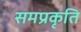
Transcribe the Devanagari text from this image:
समप्रकृति